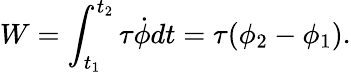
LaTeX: W=\int_{t_{1}}^{t_{2}}\tau{\dot{\phi}}dt=\tau(\phi_{2}-\phi_{1}).